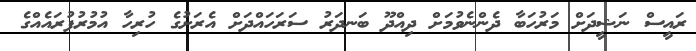
ރައީސް ނަޝީދަށް މަރުހަބާ ދެންނެވުމަށް ދިއްދޫ ބަނދަރު ސަރަހައްދަށް އެރަށުގެ ހުރިހާ އުމުރުފުރައެއްގެ